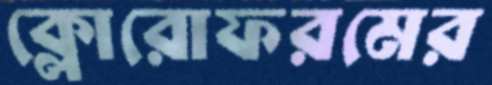
ক্লোরোফরমের